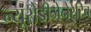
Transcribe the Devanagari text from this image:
न्यूरोडीजेनेरेटिव